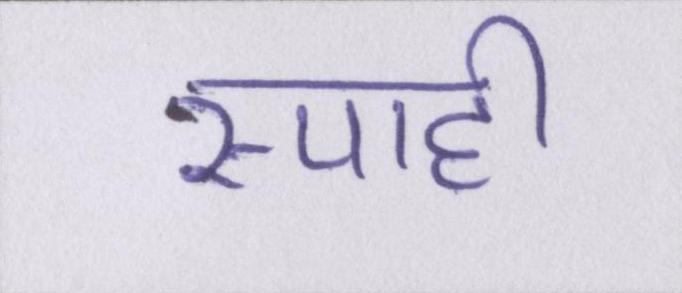
स्याही